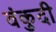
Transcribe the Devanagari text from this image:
वंकुदी